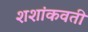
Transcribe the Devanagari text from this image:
शशांकवती